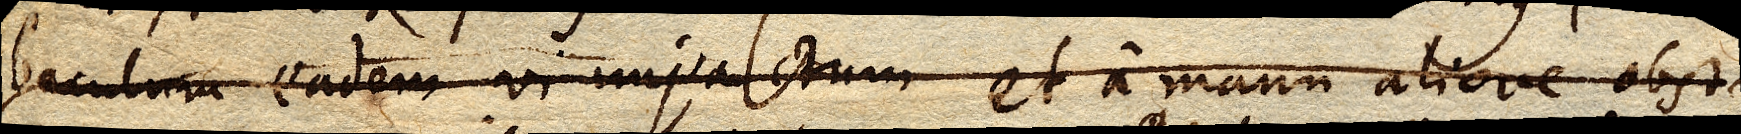
baculum eadem vi impactum et a manu aliove obsta–